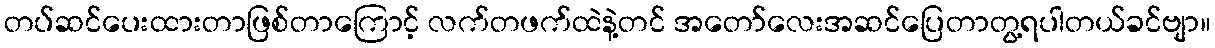
တပ်ဆင်ပေးထားတာဖြစ်တာကြောင့် လက်တဖက်ထဲနဲ့တင် အတော်လေးအဆင်ပြေတာတွ့ရပါတယ်ခင်ဗျာ။